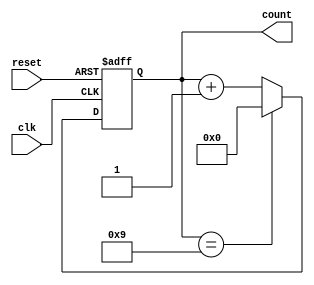
module decade_counter (
  input wire clk, //clock input
  input wire reset, //reset input
  output reg [3:0] count //output representing the count (0-9)
);

reg [3:0] next_count;

always @ (posedge clk or posedge reset) begin
  if (reset)
    next_count <= 4'b0; //reset to 0
  else
    next_count <= (count == 4'b1001) ? 4'b0 : count + 1; //increment count or reset to 0
end

always @ (*) begin
  count <= next_count; //update count
end

endmodule